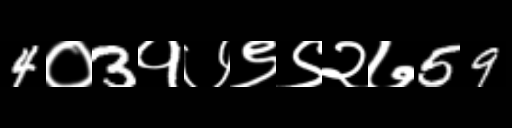
Text: 4०3१७९९२७59